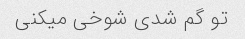
تو گم شدی شوخی میکنی